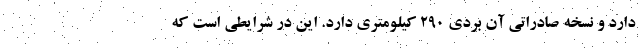
دارد و نسخه صادراتی آن بردی 290 کیلومتری دارد. این در شرایطی است که